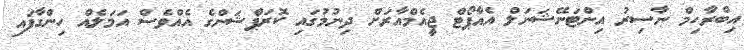
އިބްރާހިމް ނާސިރު އިންޓަނޭޝަނަލް އެއާޕޯޓް ޖީއެމްއާރަށް ދިނުމުގައި ކޮރަޕްޝަންގެ އެއްވެސް އަމަލެއް ހިންގާފައި